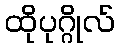
ထိုပုဂ္ဂိုလ်